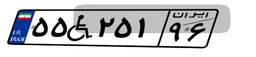
۵۵W۲۵۱۹۶